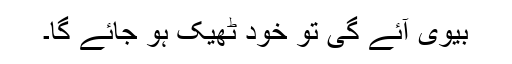
بیوی آئے گی تو خود ٹھیک ہو جائے گا۔